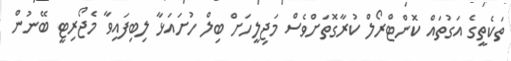
ތަކެތީގެ އަގުތައް ކޮންޓްރޯލް ކުރާގޮތަށްވެސް މަޖިލީހަށް ބިލް ހުށައަޅާ ލިބިފައިވާ މެޖޯރިޓީ ބޭނުން